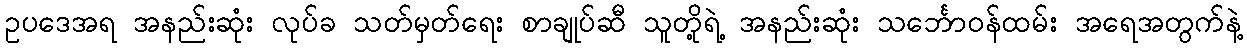
ဥပဒေအရ အနည်းဆုံး လုပ်ခ သတ်မှတ်ရေး စာချုပ်ဆီ သူတို့ရဲ့ အနည်းဆုံး သင်္ဘောဝန်ထမ်း အရေအတွက်နဲ့